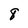
Character: 8